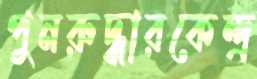
পুনরুদ্ধারকেন্দ্র